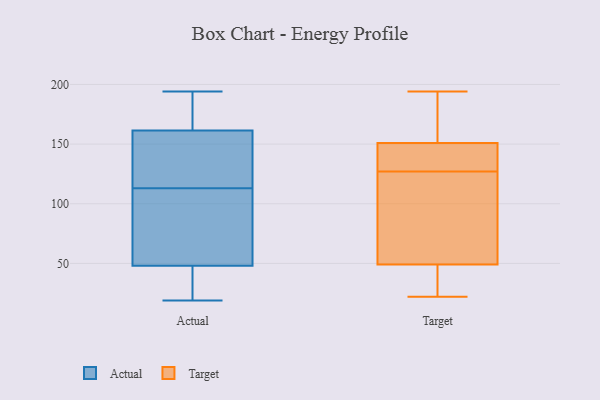
{"axis": {"x": "Bounce Rate (%)", "y": "Value"}, "legend": ["Actual", "Target"], "data": [{"x": "", "y": 194, "type": "Actual"}, {"x": "", "y": 166, "type": "Actual"}, {"x": "", "y": 44, "type": "Actual"}, {"x": "", "y": 118, "type": "Actual"}, {"x": "", "y": 23, "type": "Actual"}, {"x": "", "y": 60, "type": "Actual"}, {"x": "", "y": 19, "type": "Actual"}, {"x": "", "y": 157, "type": "Actual"}, {"x": "", "y": 109, "type": "Actual"}, {"x": "", "y": 163, "type": "Actual"}, {"x": "", "y": 113, "type": "Actual"}, {"x": "", "y": 114, "type": "Target"}, {"x": "", "y": 142, "type": "Target"}, {"x": "", "y": 30, "type": "Target"}, {"x": "", "y": 194, "type": "Target"}, {"x": "", "y": 140, "type": "Target"}, {"x": "", "y": 49, "type": "Target"}, {"x": "", "y": 151, "type": "Target"}, {"x": "", "y": 55, "type": "Target"}, {"x": "", "y": 160, "type": "Target"}, {"x": "", "y": 22, "type": "Target"}]}